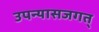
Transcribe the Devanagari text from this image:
उपन्यासजगत्